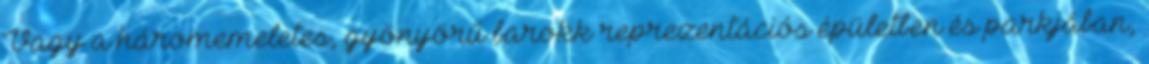
Vagy a háromemeletes, gyönyörű barokk reprezentációs épületben és parkjában,